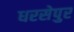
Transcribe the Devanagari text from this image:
धरसेपुर